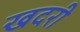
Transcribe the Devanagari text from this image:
खदरी